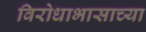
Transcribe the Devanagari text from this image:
विरोधाभासाच्या